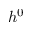
h ^ { 0 }